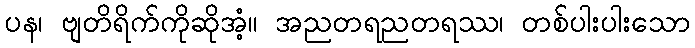
ပန၊ ဗျတိရိက်ကိုဆိုအံ့။ အညတရညတရဿ၊ တစ်ပါးပါးသော